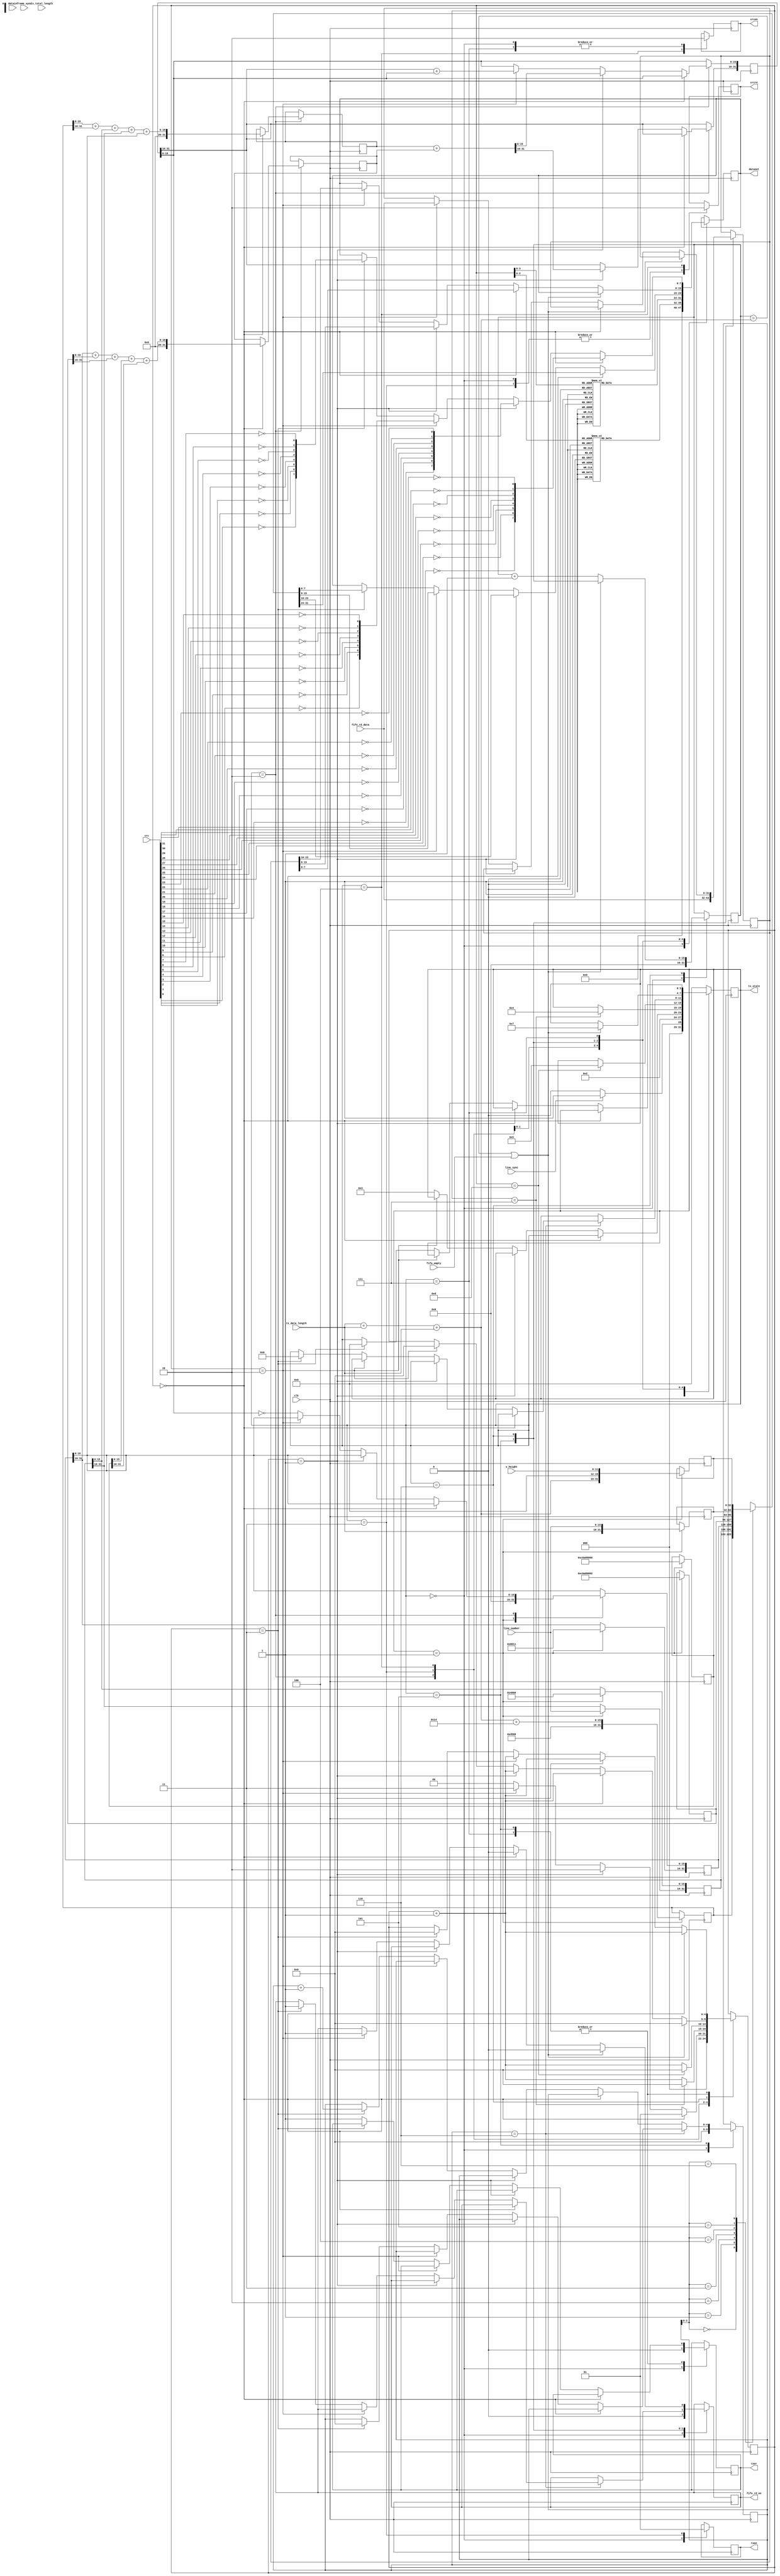
`timescale 1ns / 1ps
/****************************************/
//      GMII UDP//
/****************************************/

module ipsend(
				  input              clk,                   //GMII
				  output reg         txen,                  //GMII
				  output reg         txer,                  //GMII
				  output reg [7:0]   dataout,               //GMII
				  input      [31:0]  crc,                   //CRC32
				  input      [31:0]  datain,                //RAM	 
				  output reg         crcen,                 //CRC32 
				  output reg         crcre,                 //CRC32 

				  output reg [3:0]   tx_state,              //   
				  input[31:0] 		 fifo_rd_data,          //fifo
				  output reg  		 fifo_rd_en,			//fido enable
				  input 		 	 fifo_empty,			//fifo_empty
				  input  		 	 frame_sync,			//frame sync
				  input 			 line_sync,
				  input [11:0]		 v_height,
				  input [15:0]		 line_number,

				  input      [15:0]  tx_data_length,        //
				  input      [15:0]  tx_total_length       //
				//  output reg [8:0]   ram_rd_addr            //ram
				  
	  );


reg [31:0]  datain_reg;

reg [31:0] ip_header [6:0];                  //1K

reg [7:0] preamble [7:0];                    //preamble
reg [7:0] mac_addr [13:0];                   //mac address
reg [4:0] i,j;

reg [31:0] check_buffer;
reg [31:0] check_buffer_0;
reg [31:0] check_buffer_1;
reg [31:0] time_counter;
reg [15:0] tx_data_counter;

//reg[15:0] line_number;

parameter idle=4'b0000,start=4'b0001,make=4'b0010,send55=4'b0011,sendmac=4'b0100,sendheader=4'b0101,
          senddata=4'b0110,sendcrc=4'b0111;



initial
  begin
	 tx_state<=idle;
	 //IP 
	 preamble[0]<=8'h55;                 //755,d5
	 preamble[1]<=8'h55;
	 preamble[2]<=8'h55;
	 preamble[3]<=8'h55;
	 preamble[4]<=8'h55;
	 preamble[5]<=8'h55;
	 preamble[6]<=8'h55;
	 preamble[7]<=8'hD5;
	 mac_addr[0]<=8'hFF;                 //MAC ff-ff-ff-ff-ff-ff, ff
	 mac_addr[1]<=8'hFF;
	 mac_addr[2]<=8'hFF;
	 mac_addr[3]<=8'hFF;
	 mac_addr[4]<=8'hFF;
	 mac_addr[5]<=8'hFF;
	 mac_addr[6]<=8'h00;                 //MAC 00-0A-35-01-FE-C0
	 mac_addr[7]<=8'h0A;
	 mac_addr[8]<=8'h35;
	 mac_addr[9]<=8'h01;
	 mac_addr[10]<=8'hFE;
	 mac_addr[11]<=8'hC0;
	 mac_addr[12]<=8'h08;                //0800: IP
	 mac_addr[13]<=8'h00;
//	 line_number<= 12'd0;
	 i<=0;
 end

/*
always@(negedge clk)
begin	
	if (frame_sync)
		line_number <= 12'd0;
	else begin
		if (line_sync)
			line_number <= line_number + 1'b1;
		else
			line_number <= line_number;
	end
end
*/
//UDP	 TODO: frame_sync and idle state to start state
always@(negedge clk)
begin		
		case(tx_state)
		idle:begin
				 txer<=1'b0;
				 txen<=1'b0;
				 crcen<=1'b0;
				 crcre<=1;
				 j<=0;
				 dataout<=0;
				 //ram_rd_addr<=1;
				 fifo_rd_en <= 1'b0;
				 tx_data_counter <= 0;
             //if (time_counter >= 32'd125_000_000) begin     //, 
			 if (line_sync) begin
				 tx_state<=start;  
                 time_counter<=0;
                end
             else
                 //time_counter<=time_counter+1'b1;				
				 tx_state<= idle;
			end
		start:begin        //IP header
					ip_header[0]<={16'h4500,tx_data_length + tx_data_length + tx_data_length + 15'd20};        //4 20IP
					ip_header[1][31:16]<= line_number;//ip_header[1][31:16]+1'b1;   //
					ip_header[1][15:0]<=16'h4000;                    //Fragment offset
					ip_header[2]<=32'h80110000;                      //mema[2][15:0] 17(UDP)
					ip_header[3]<=32'hc0a80002;                      //192.168.0.2
					ip_header[4]<=32'hc0a80000;                      //192.168.0.3, offset valid
					ip_header[5]<={tx_data_length, line_number};                      //22line_number
					ip_header[6]<={tx_data_length + tx_data_length + tx_data_length,4'd0, v_height};         //22
					tx_state<=make;
			end	
        make:begin            //
			    if(i==0) begin
					  check_buffer_0 <=ip_header[0][15:0]+ip_header[0][31:16]+ip_header[1][15:0]+ip_header[1][31:16]+ip_header[2][15:0];
					  check_buffer_1 <=ip_header[2][31:16]+ip_header[3][15:0]+ip_header[3][31:16]+ip_header[4][15:0]+ip_header[4][31:16];						
                 i<= 1;
				   end
             else if(i==1) begin
					   check_buffer <= check_buffer_0  + check_buffer_1;
					   i <= 2;
				 end				
             else if(i==2) begin
					   check_buffer[15:0]<=check_buffer[31:16]+check_buffer[15:0];
					   i <= 3;
				 end
			    else	begin
				      ip_header[2][15:0]<=~check_buffer[15:0];                 //header checksum
					   i<=0;
					   tx_state<=send55;
					end
		   end
		send55: begin                    //8IP:755, 1d5                    
 				 txen<=1'b1;                             //GMII
				 crcre<=1'b1;                            //reset crc  
				 if(i==7) begin
               dataout[7:0]<=preamble[i][7:0];
					i<=0;
				   tx_state<=sendmac;
				 end
				 else begin                        
				    dataout[7:0]<=preamble[i][7:0];
				    i<=i+1;
				 end
			end	
		sendmac: begin                           //MAC addressMAC addressIP  
			 	 crcen<=1'b1;                            //crccrc32MAC		
				 crcre<=1'b0;                            			
             if(i==13) begin
               dataout[7:0]<=mac_addr[i][7:0];
					i<=0;
				   tx_state<=sendheader;
				 end
				 else begin                        
				    dataout[7:0]<=mac_addr[i][7:0];
				    i<=i+1'b1;
				 end
			end
		sendheader: begin                        //732bitIP 
				datain_reg<=fifo_rd_data;                   //	
				if(j==6) begin                            
					  if(i==0) begin
						 dataout[7:0]<=ip_header[j][31:24];
						 i<=i+1'b1;
					  end
					  else if(i==1) begin
						 dataout[7:0]<=ip_header[j][23:16];
						 i<=i+1'b1;
					  end
					  else if(i==2) begin
						 dataout[7:0]<=ip_header[j][15:8];
						 i<=i+1'b1;
					  end
					  else if(i==3) begin
						 dataout[7:0]<=ip_header[j][7:0];
						 i<=0;
						 j<=0;
						 tx_state<=senddata;
						 fifo_rd_en <= 1'b1;							 
					  end
					  else
						 txer<=1'b1;
				end		 
				else begin
					  if(i==0) begin
						 dataout[7:0]<=ip_header[j][31:24];
						 i<=i+1'b1;
					  end
					  else if(i==1) begin
						 dataout[7:0]<=ip_header[j][23:16];
						 i<=i+1'b1;
					  end
					  else if(i==2) begin
						 dataout[7:0]<=ip_header[j][15:8];
						 i<=i+1'b1;
					  end
					  else if(i==3) begin
						 dataout[7:0]<=ip_header[j][7:0];
						 i<=0;
						 j<=j+1'b1;
					  end					
					  else
						 txer<=1'b1;
				end
			 end
		senddata:begin                                      //UDP
			if(tx_data_counter==(tx_data_length + tx_data_length + tx_data_length) || fifo_empty) begin       //
				   tx_state<=sendcrc;
				   i <= 0;
				   fifo_rd_en <= 1'b0;	
            end
            else begin                                     //
               tx_data_counter<=tx_data_counter+1'b1;			
					if(i==0) begin    
						dataout[7:0]<=datain_reg[7:0];
						i<=i+1'b1;
						fifo_rd_en <= 1'b0;	
					end
					else if(i==1) begin
						dataout[7:0]<=datain_reg[15:8];
						i<=i+1'b1;
					end
					else if(i==2) begin
						dataout[7:0]<=datain_reg[23:16];
						datain_reg<=fifo_rd_data;                       //					  
						i<=0; 
						fifo_rd_en <= 1'b1;						
					end
				end
			end	
		sendcrc: begin                              //32crc
				crcen<=1'b0;
				if(i==0)	begin
					  dataout[7:0] <= {~crc[24], ~crc[25], ~crc[26], ~crc[27], ~crc[28], ~crc[29], ~crc[30], ~crc[31]};
					  i<=i+1'b1;
					end
				else begin
				  if(i==1) begin
					   dataout[7:0]<={~crc[16], ~crc[17], ~crc[18], ~crc[19], ~crc[20], ~crc[21], ~crc[22], ~crc[23]};
						i<=i+1'b1;
				  end
				  else if(i==2) begin
					   dataout[7:0]<={~crc[8], ~crc[9], ~crc[10], ~crc[11], ~crc[12], ~crc[13], ~crc[14], ~crc[15]};
						i<=i+1'b1;
				  end
				  else if(i==3) begin
					   dataout[7:0]<={~crc[0], ~crc[1], ~crc[2], ~crc[3], ~crc[4], ~crc[5], ~crc[6], ~crc[7]};
						i<=0;
						tx_state<=idle;
				  end
				  else begin
                  txer<=1'b1;
				  end
				end
			end					
		default:tx_state<=idle;		
       endcase	  
 end

endmodule